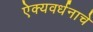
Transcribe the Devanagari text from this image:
ऐक्यवर्धनाचे